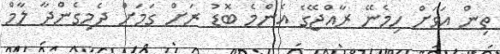
ތިން އަވަށް ހިމެނޭ ރާއްޖޭގެ އެންމެ ބޮޑު ރަށް ގަމަށް ދެމިގެންދާ ލާމް